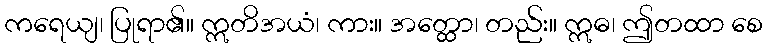
ကရေယျ၊ ပြုရာ၏။ ဣတိအယံ၊ ကား။ အတ္ထော၊ တည်း။ ဣဓ၊ ဤတထာ စေ